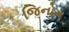
જિનોમ